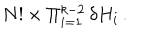
LaTeX: N ! \times \Pi _ { i = 1 } ^ { k - 2 } \, \delta H _ { i } \, .